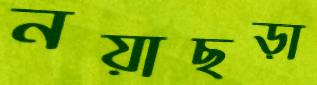
নয়াছড়া